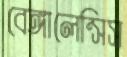
বেঙ্গালেন্সিস